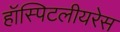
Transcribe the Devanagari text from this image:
हॉस्पिटलीयरेस